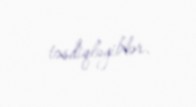
təsdiqləyiblər.